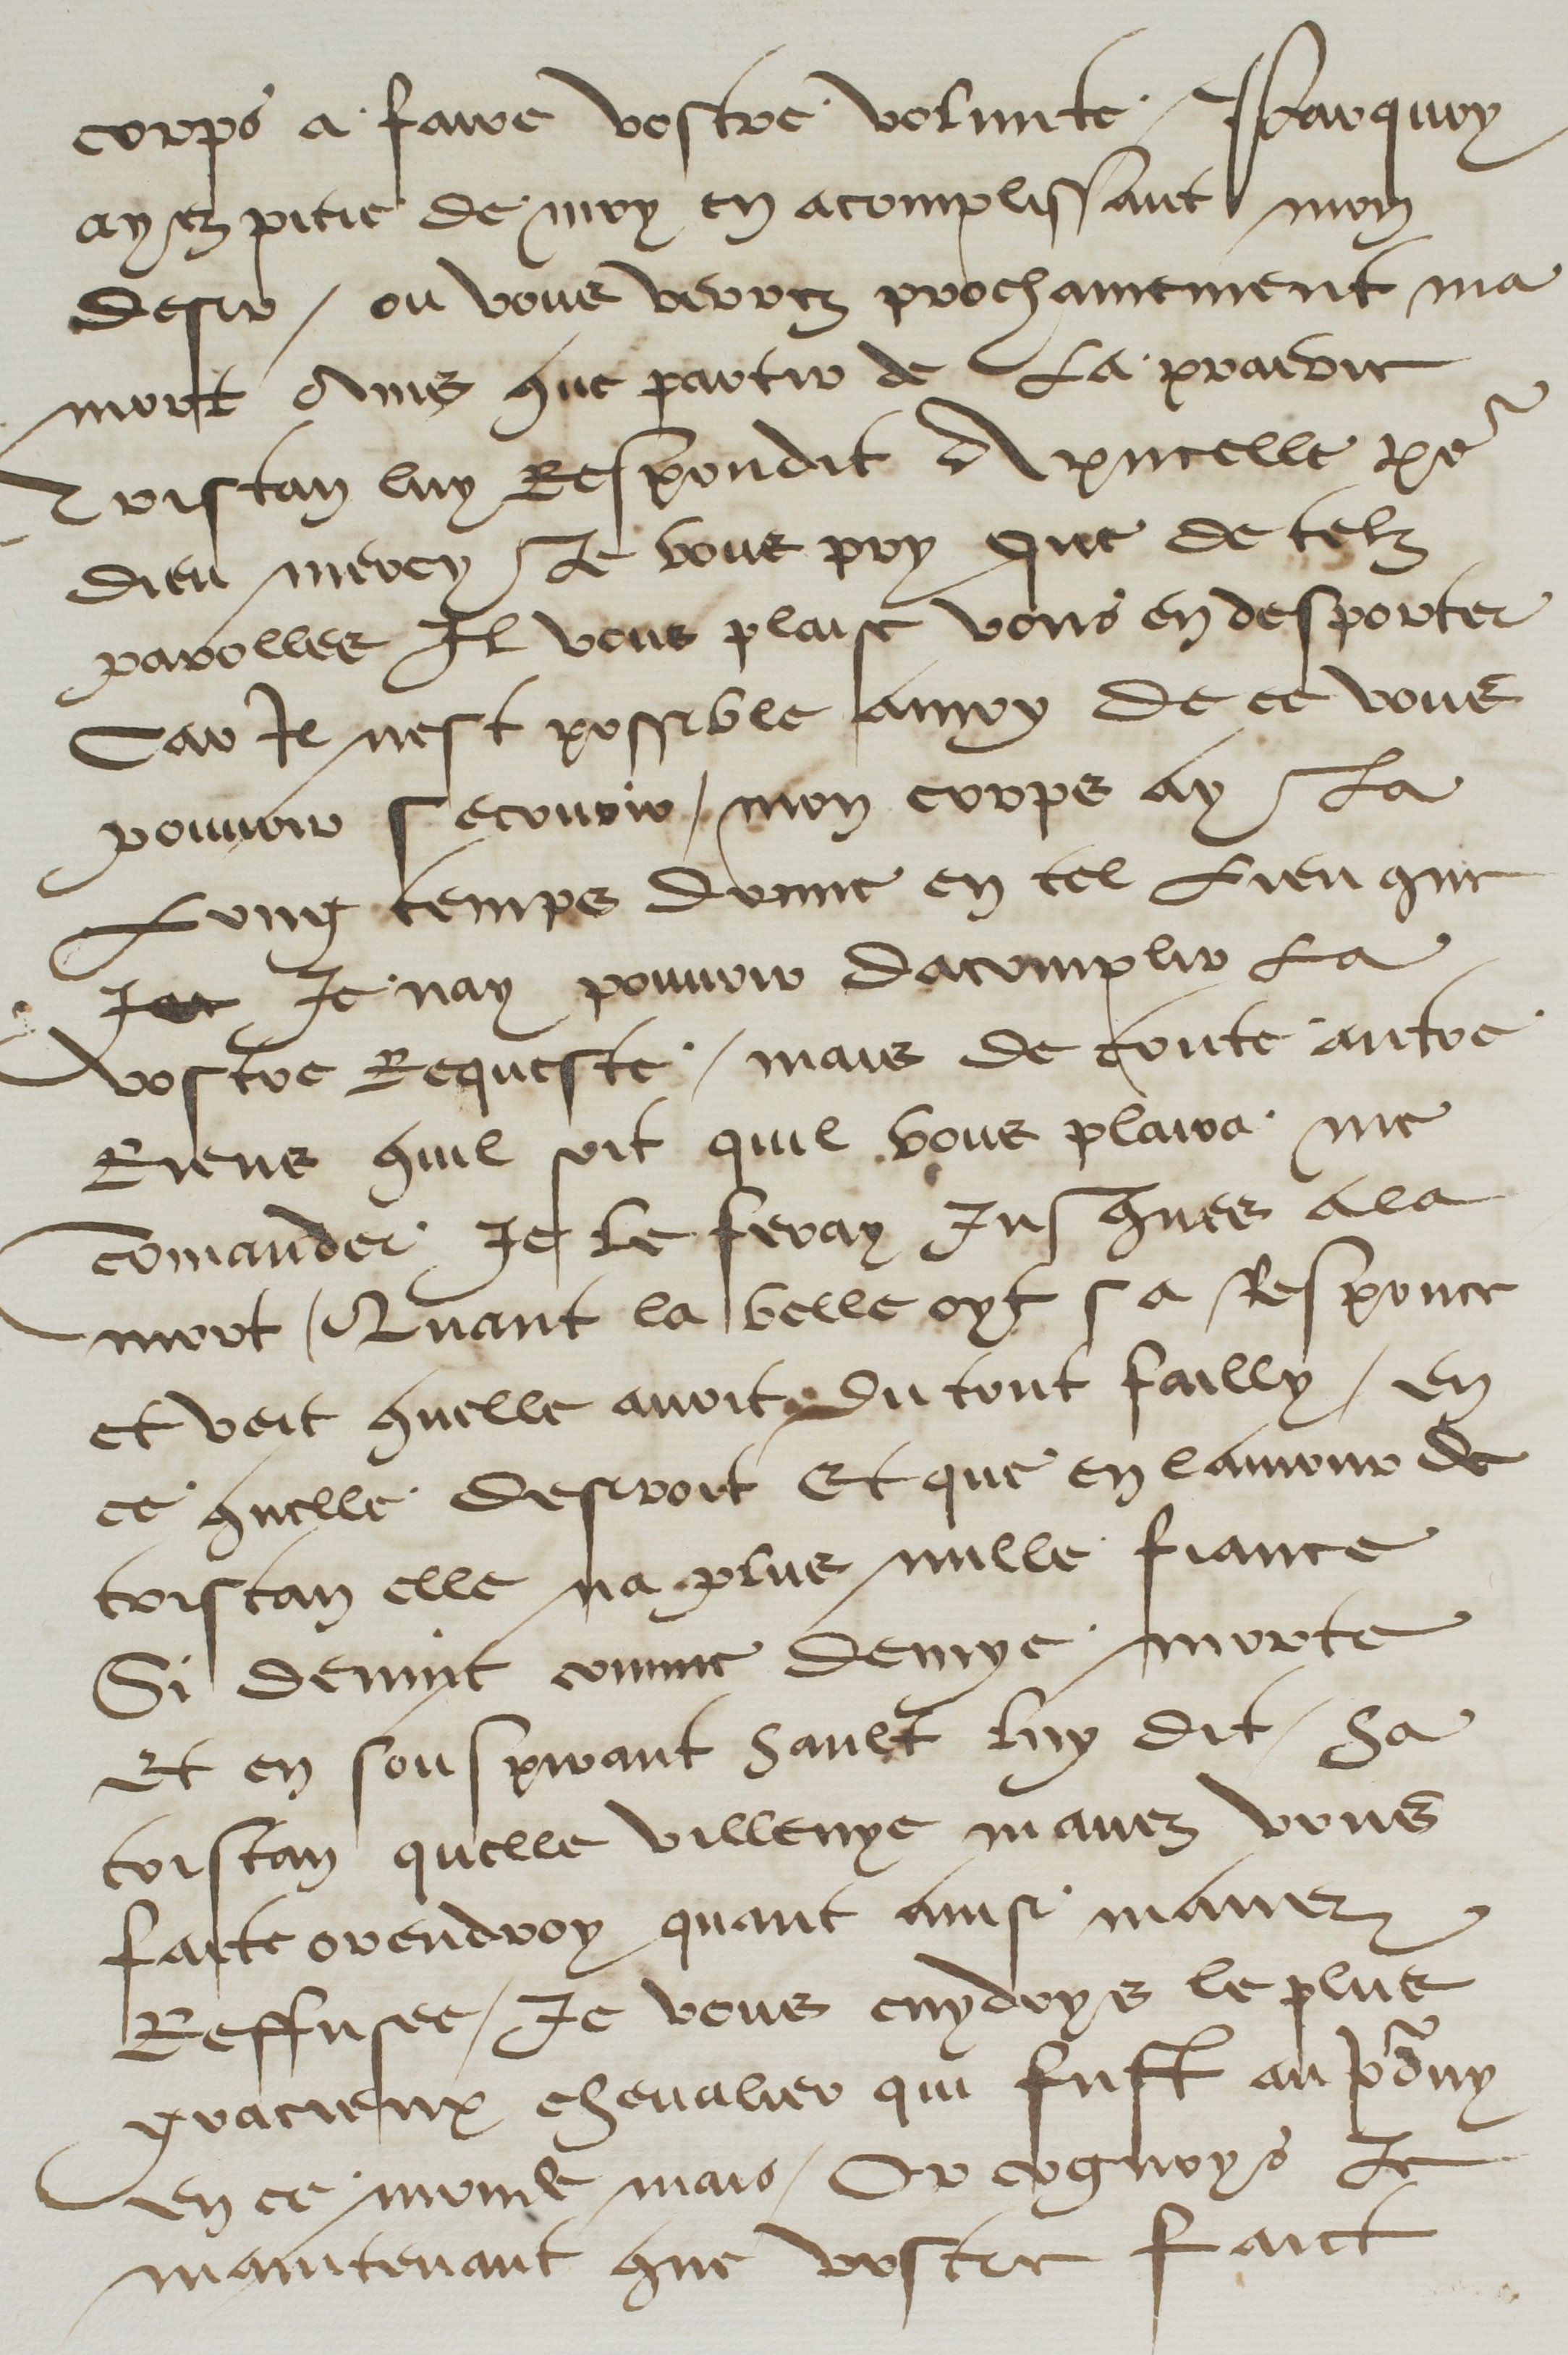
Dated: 1500–1599